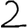
Digit: 2